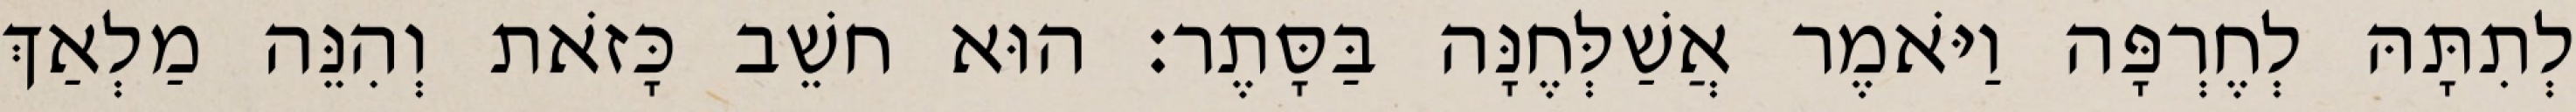
לְתִתָּהּ לְחֶרְפָּה וַיֹּאמֶר אֲשַׁלְּחֶנָּה בַּסָּתֶר׃ הוּא חשֵׁב כָּזֹאת וְהִנֵּה מַלְאַךְ